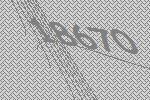
18670